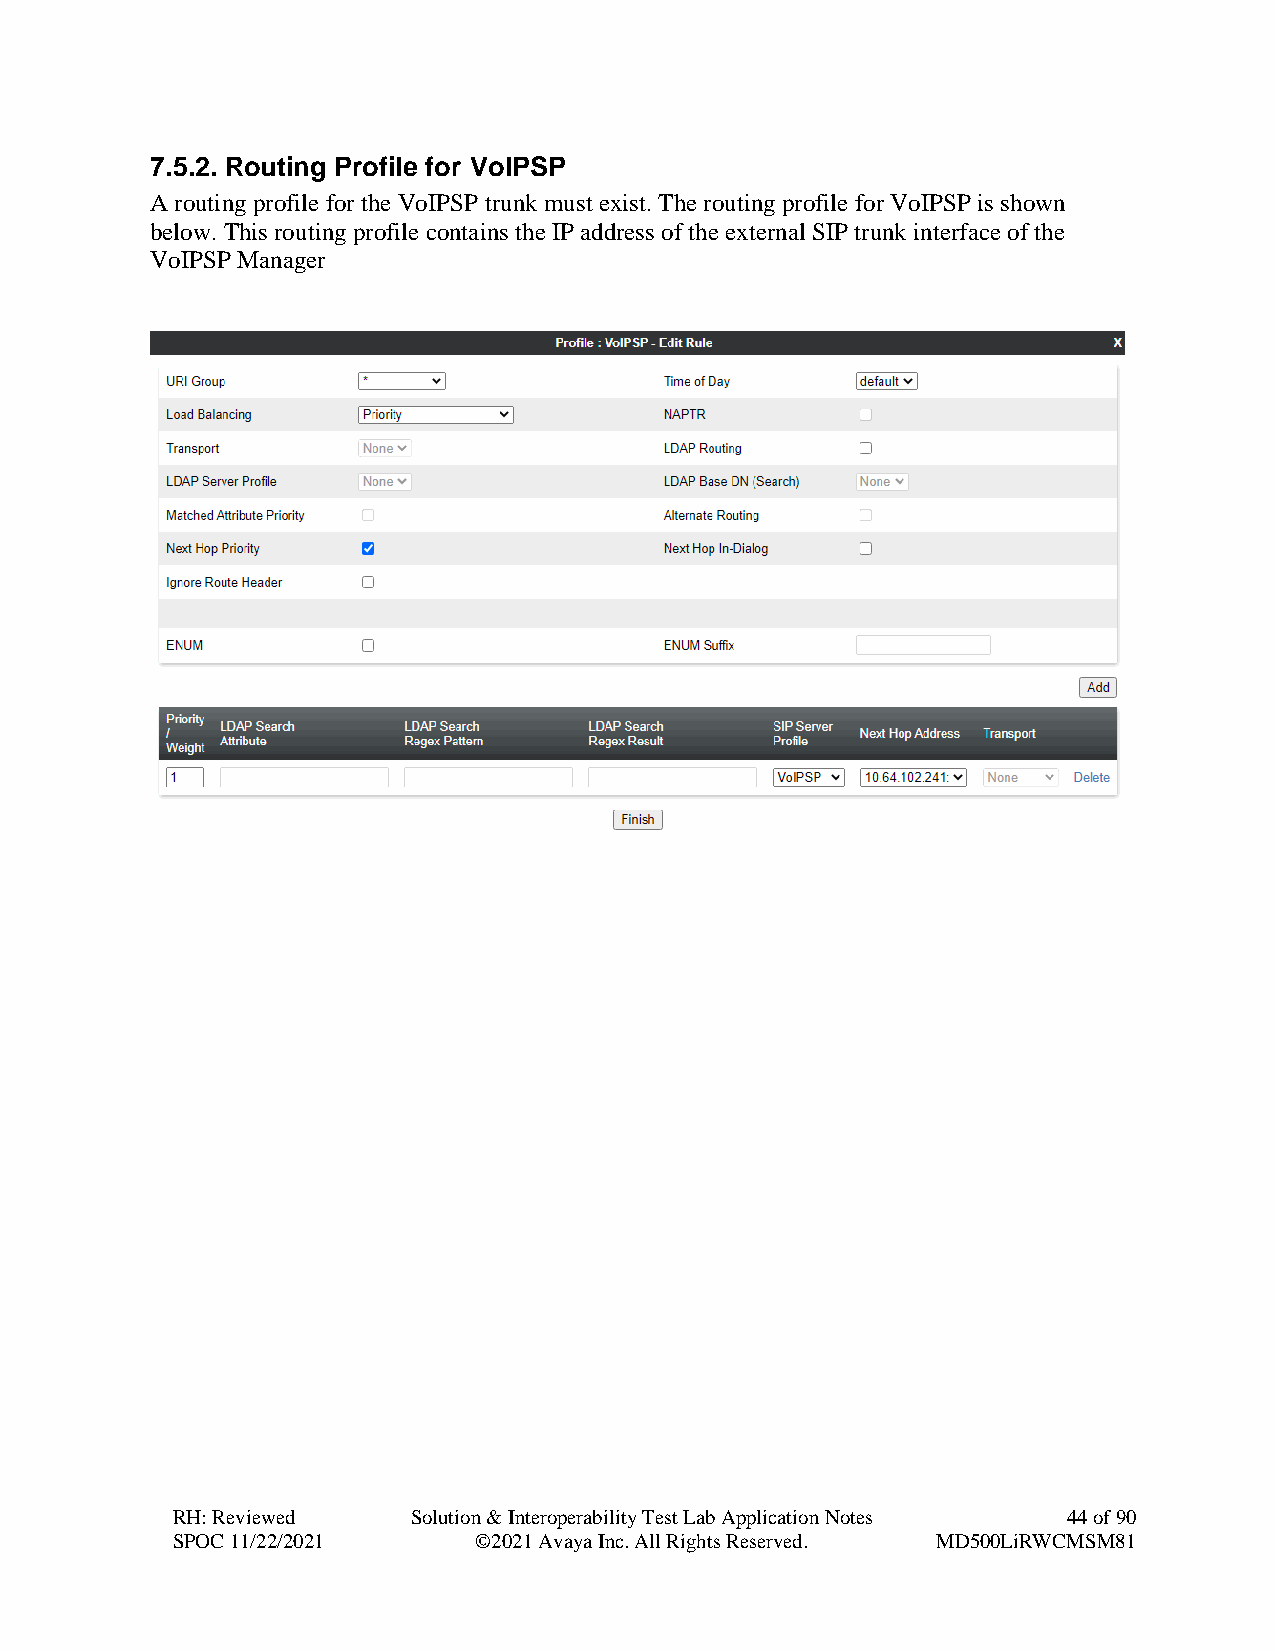
7.5.2. Routing Profile for VoIPSP
 A routing profile for the VoIPSP trunk must exist. The routing profile for VoIPSP is shown
 below. This routing profile contains the IP address of the external SIP trunk interface of the
 VoIPSP Manager
 RH: Reviewed    Solution & Interoperability Test Lab Application Notes 44 of 90
 SPOC 11/22/2021     ©2021 Avaya Inc. All Rights Reserved. MD500LiRWCMSM81